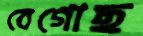
বেগোছ